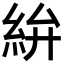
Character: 𥿋